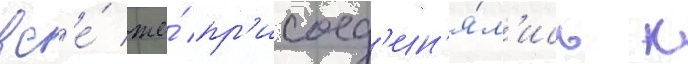
вс'е́ же́ пр'исоед'ин'я́л'ись к